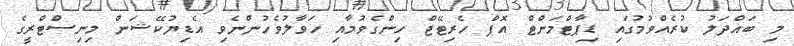
މި ބައްދަލު ކުރެއްވުމުގައި ޑިޕާޓްމަންޓް އޮފް ހެރިޓޭޖް ހިންގެވުމާއި ހަވާލުވެހުންނެވި އެޑިޔުކޭޝަން މިނިސްޓްރީގެ